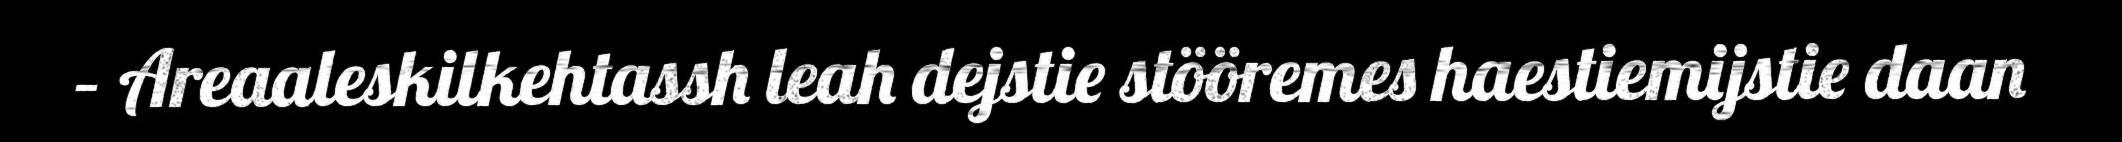
– Areaaleskilkehtassh leah dejstie stööremes haestiemijstie daan